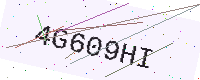
Text: 4G609HI